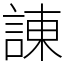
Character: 諌